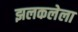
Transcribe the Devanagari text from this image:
झलकलेला